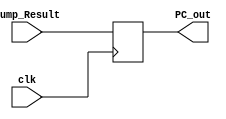
//Grupo: Ru-Rural
//integrantes: 
//Pedro Henrique
//Everton da Silva
//Ricardo Pompilio

//Modulo do PC, ele que vai enviar o endereco da instrucao para a memoria de instrucoes
module PC (clk, PC_out, jump_Result);

input wire clk;
input wire [31:0] jump_Result;
output reg [31:0] PC_out;



always @(posedge clk) begin
	PC_out <= jump_Result;	
end

endmodule

//Modulo do PCnext que so pega o pc atual e soma + 1
module PCNext(actualPC,nextPC);
	
	input wire [31:0] actualPC;
	output reg [31:0] nextPC;
	
	always @(actualPC) begin
		
		nextPC <= actualPC + 1;
		
	end
	
endmodule